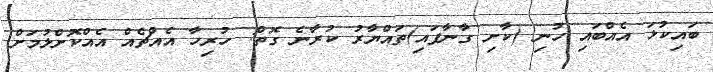
ބައިކުޅަ އެއްބައި ހުނި (ކާށި ގާނާފައި)ތައްޔާރު ކުރާނެ ގޮތް: ހުރިހާ އެއްޗެއް އެއްކޮށްލުމަށް